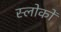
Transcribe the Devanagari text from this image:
स्लोकों